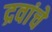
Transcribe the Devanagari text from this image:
द्रवांचे